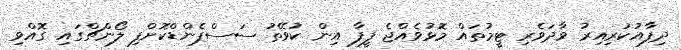
ދިފާއުކުރިއިރު ވާދަވެރި ޓީމުތައް މޮޅުވެއްޖެ ފީފާ އިން ކުވޭތު ސަސްޕެންޑްކޮށްފި ލޯންޗްގައި ގޮއްވި